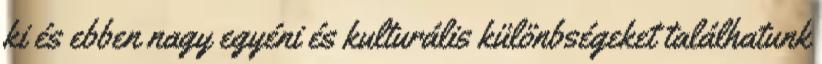
ki és ebben nagy egyéni és kulturális különbségeket találhatunk